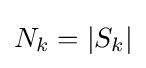
N_{k}=|S_{k}|